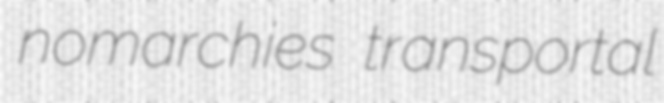
nomarchies transportal